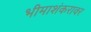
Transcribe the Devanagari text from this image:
भीमाशंकरावर